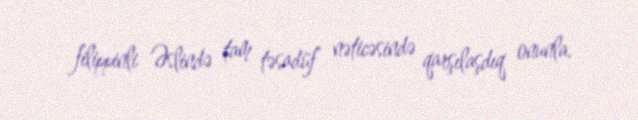
filippinli Əslində tam təsadüf nəticəsində qarşılaşdıq onunla.